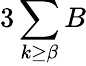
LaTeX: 3\sum\limits_{k\geq\beta}B